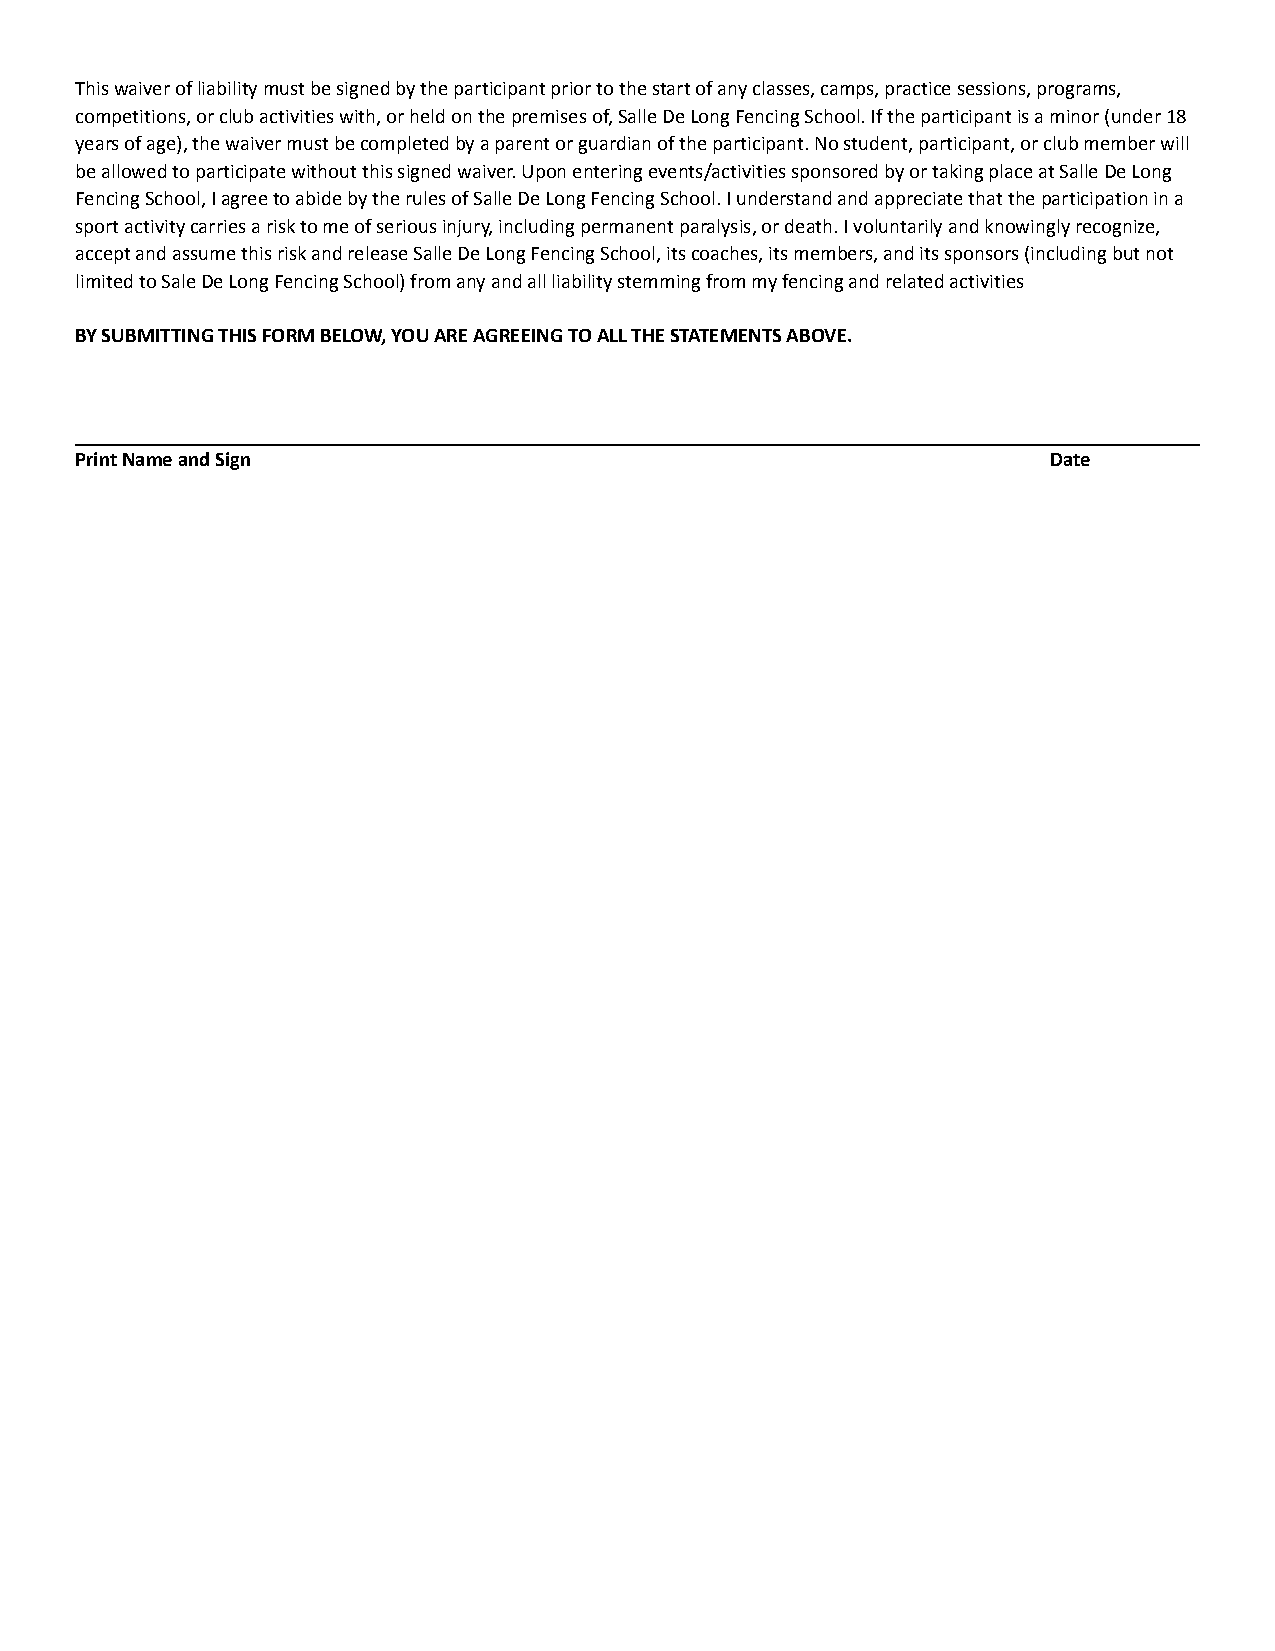
This waiver of liability must be signed by the participant prior to the start of any classes, camps, practice sessions, programs,
 competitions, or club activities with, or held onthe premises of, Salle De Long Fencing School. Ifthe participant is a minor (under 18
 years of age), the waiver must be completed by a parentor guardian of the participant. No student, participant,or club member will
 be allowed to participate without this signed waiver.Upon entering events/activities sponsored by or takingplace at Salle De Long
 Fencing School, I agree to abide by the rules of SalleDe Long Fencing School. I understand and appreciatethat the participation in a
 sport activity carries a risk to me of serious injury,including permanent paralysis, or death. I voluntarilyand knowingly recognize,
 accept and assume this risk and release Salle De LongFencing School, its coaches, its members, and itssponsors (including but not
 limited to Sale De Long Fencing School) from any andall liability stemming from my fencing and relatedactivities
 BY SUBMITTING THIS FORM BELOW, YOU ARE AGREEING TOALL THE STATEMENTS ABOVE.
 Print Name and Sign                                              Date